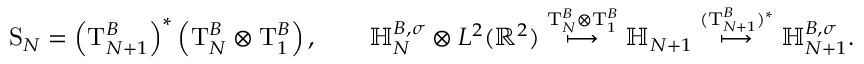
\begin{array} { r } { \mathrm S _ { N } = \left( \mathrm T _ { N + 1 } ^ { B } \right) ^ { * } \left( \mathrm T _ { N } ^ { B } \otimes \mathrm T _ { 1 } ^ { B } \right) , \qquad { \mathbb H } _ { N } ^ { B , \sigma } \otimes L ^ { 2 } ( \mathbb R ^ { 2 } ) \overset { \mathrm T _ { N } ^ { B } \otimes \mathrm T _ { 1 } ^ { B } } { \longmapsto } { \mathbb H } _ { N + 1 } \overset { ( \mathrm T _ { N + 1 } ^ { B } ) ^ { * } } { \longmapsto } { \mathbb H } _ { N + 1 } ^ { B , \sigma } . } \end{array}